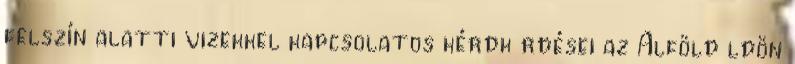
felszín alatti vizekkel kapcsolatos kérdk rdései az Alföld ldön